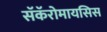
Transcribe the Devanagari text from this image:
सॅकॅरोमायसिस